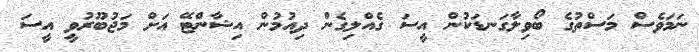
ނަމަވެސް މަސްތުގެ ބޯވިލާގަނޑަކުން އީސަ ގެއްލިގެން ދިއުމުން އިޝާންޓޭ އަށް މަޖުބޫރުވީ އީސަ